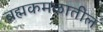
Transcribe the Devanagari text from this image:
ब्रह्मकमळातील